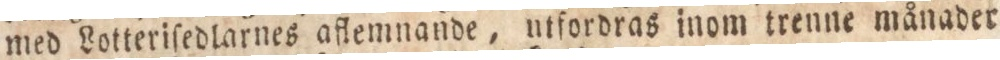
med Lotteriſedlarnes aflemnande, utfordras inom trenne månader